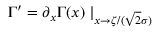
\Gamma ^ { \prime } = \partial _ { x } \Gamma ( x ) \mid _ { x \rightarrow \zeta / ( \sqrt { 2 } \sigma ) }